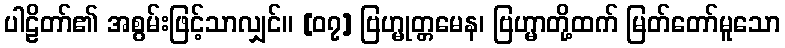
ပါဠိတာ်၏ အစွမ်းဖြင့်သာလျှင်။ [၀၇] ဗြဟ္မုတ္တမေန၊ ဗြဟ္မာတို့ထက် မြတ်တော်မူသော